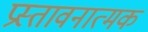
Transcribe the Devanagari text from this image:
प्रस्तावनात्मक